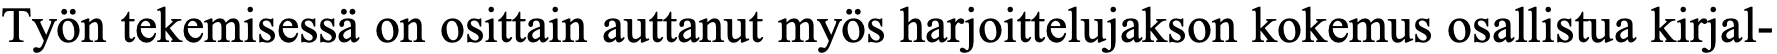
Työn tekemisessä on osittain auttanut myös harjoittelujakson kokemus osallistua kirjal-